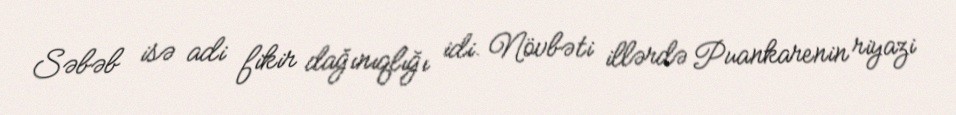
Səbəb isə adi fikir dağınıqlığı idi. Növbəti illərdə Puankarenin riyazi